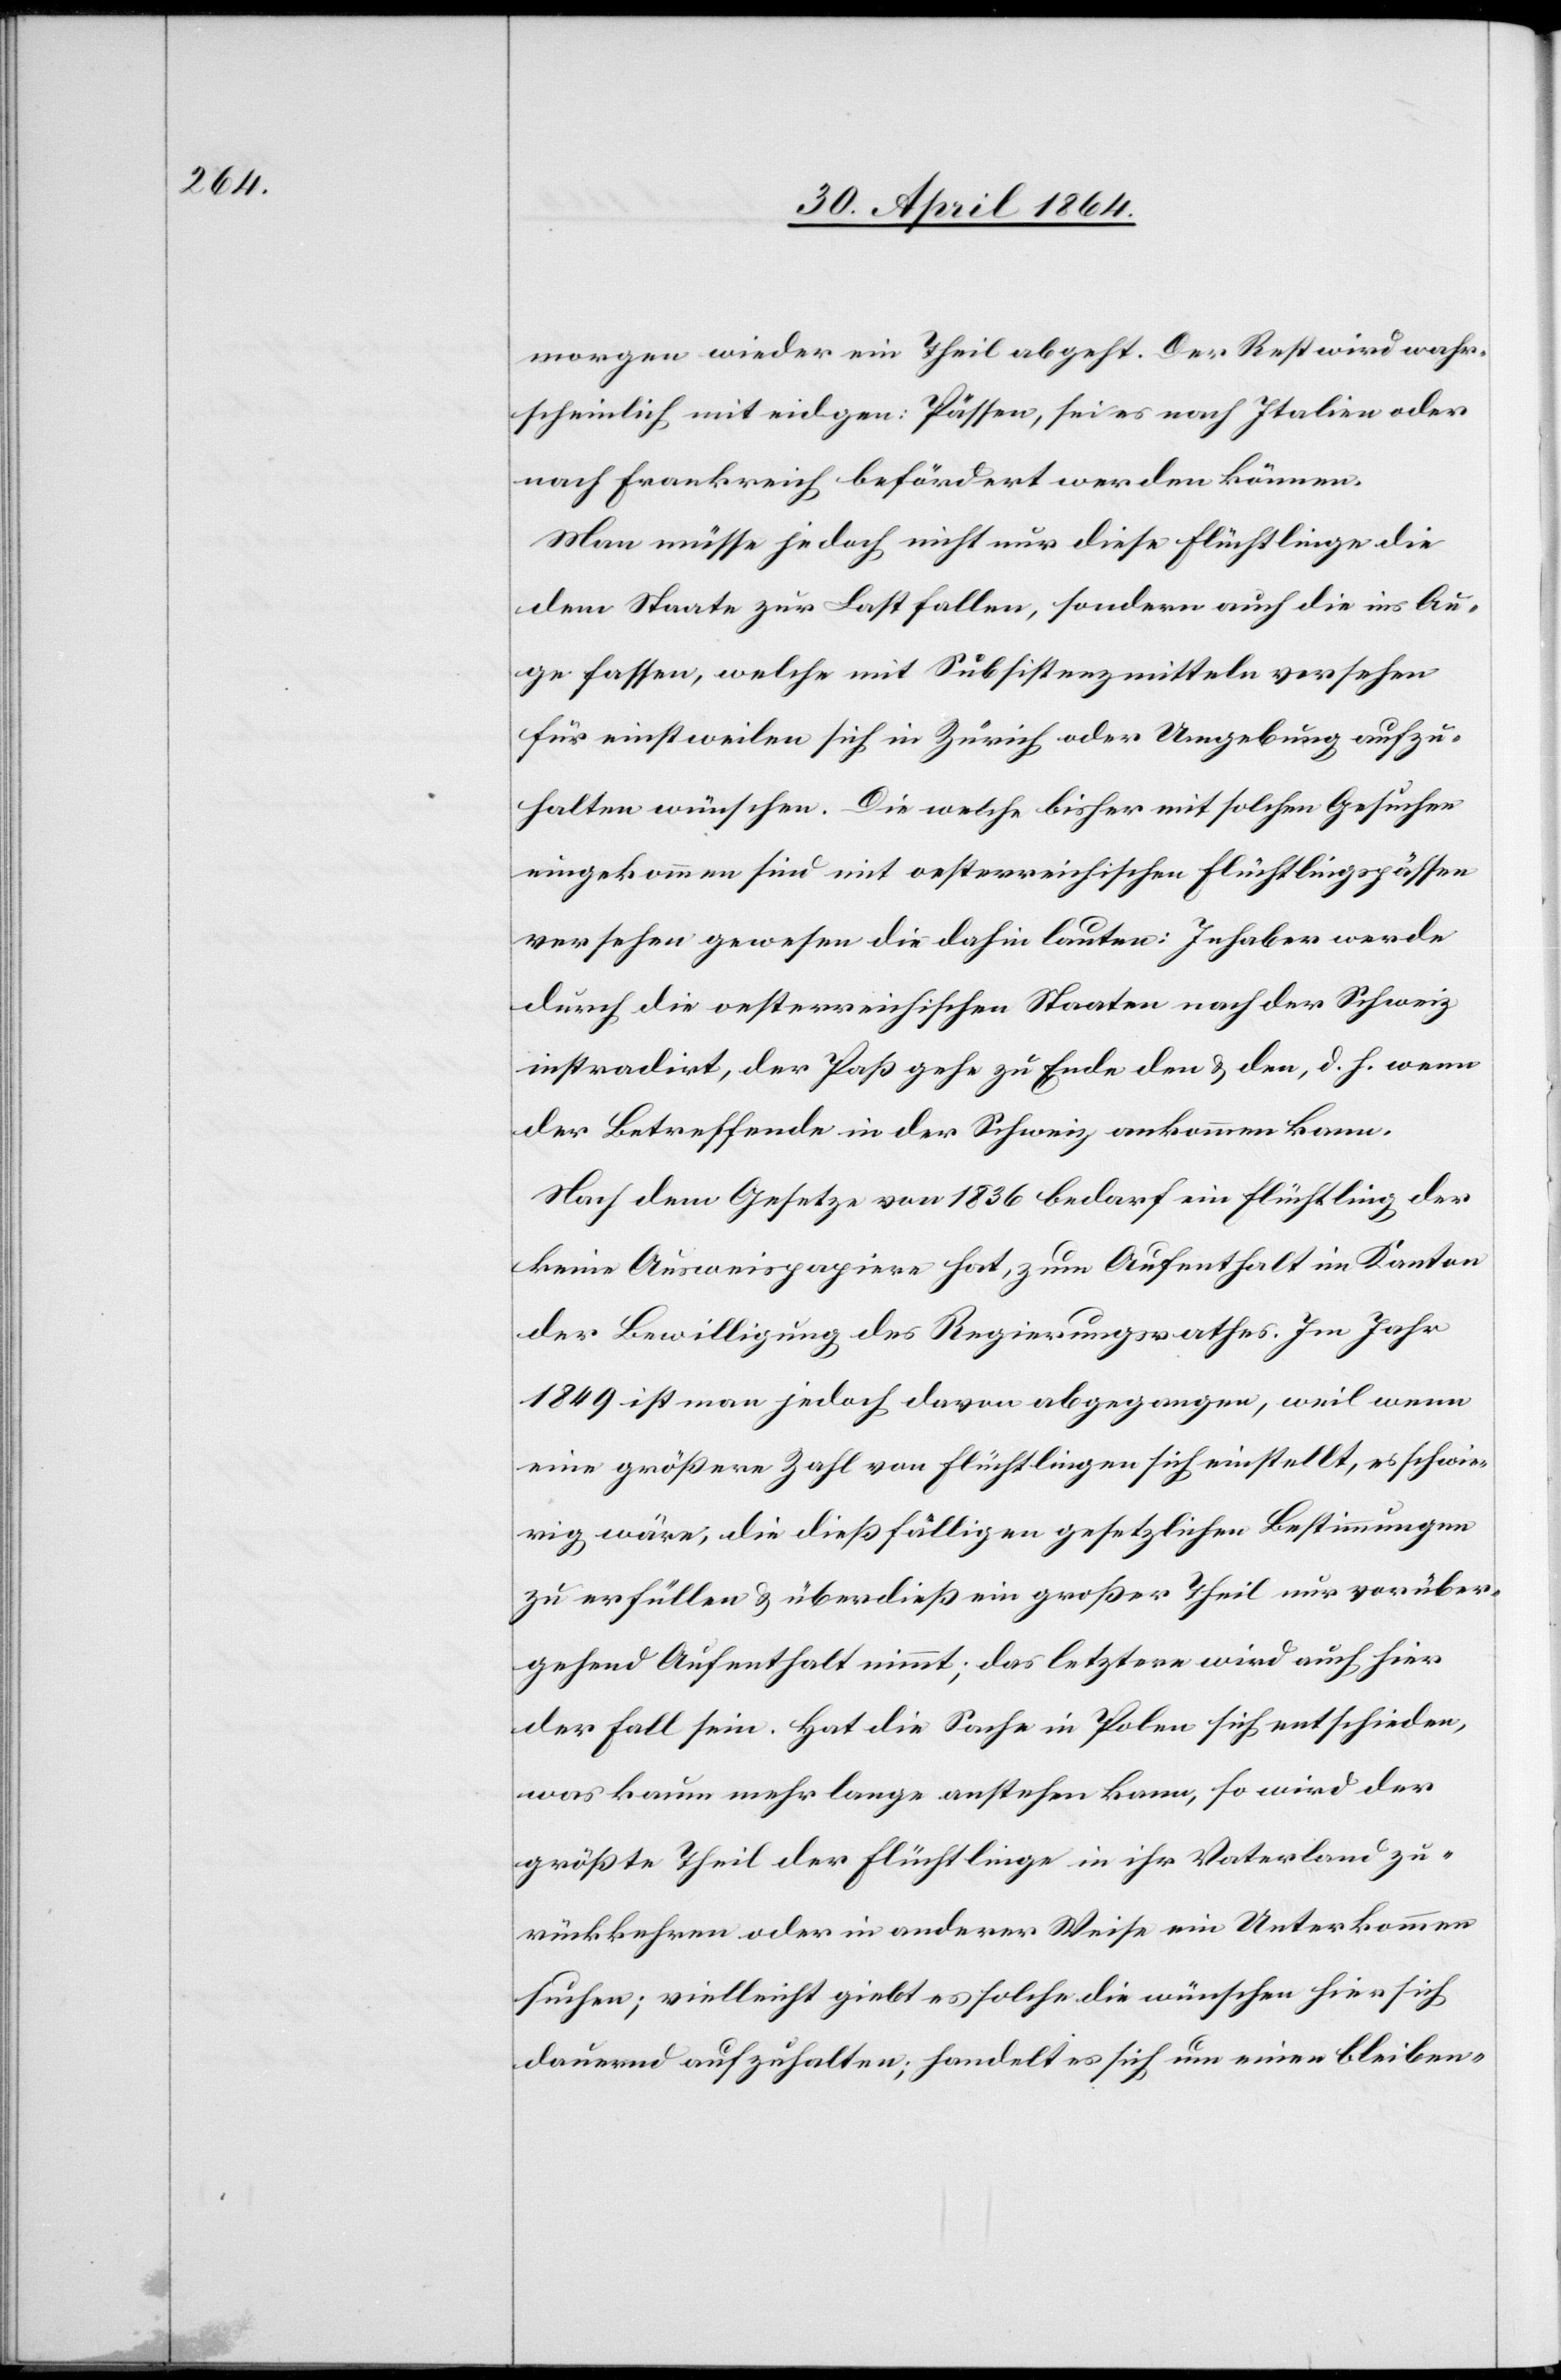
morgen wieder ein Theil abgeht. Der Rest wird wahr¬
scheinlich mit eidgen: Pässen, sei es nach Italien oder
nach Frankreich befördert werden können.
Man müsse jedoch nicht nur diese Flüchtlinge die
dem Staate zur Last fallen, sondern auch die ins Au¬
ge fassen, welche mit Subsistenzmitteln versehen
für einstweilen sich in Zürich oder Umgebung aufzu¬
halten wünschen. Die welche bisher mit solchen Gesuchen
eingekommen[,] sind mit oesterreichischen Flüchtlingspässen
versehen gewesen die dahin lauten: Inhaber werde
durch die oesterreichischen Staaten nach der Schweiz
instradirt, der Paß gehe zu Ende den u. den, d. h. wenn
der Betreffende in der Schweiz ankommen kann.
Nach dem Gesetze von 1836 bedarf ein Flüchtling der
keine Ausweispapiere hat, zum Aufenthalt im Kanton
der Bewilligung des Regierungsrathes. Im Jahr
1849 ist man jedoch davon abgegangen, weil wenn
eine größere Zahl von Flüchtlingen sich einstellt, es schwie¬
rig wäre, die dießfälligen gesetzlichen Bestimmungen
zu erfüllen u. überdieß ein großer Theil nur vorüber¬
gehend Aufenthalt nimmt; das letztere wird auch hier
der Fall sein. Hat die Sache in Polen sich entschieden,
was kaum mehr lange anstehen kann, so wird der
größte Theil der Flüchtlinge in ihr Vaterland zu¬
rückkehren oder in anderer Weise ein Unterkommen
suchen; vielleicht giebt es solche die wünschen hier sich
dauernd aufzuhalten; handelt es sich um einen bleiben-